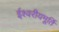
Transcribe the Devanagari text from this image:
ईश्वरीयमूर्ति